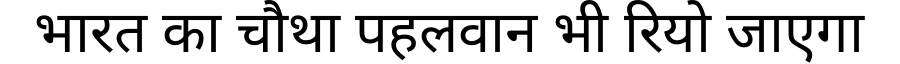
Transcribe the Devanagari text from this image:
भारत का चौथा पहलवान भी रियो जाएगा